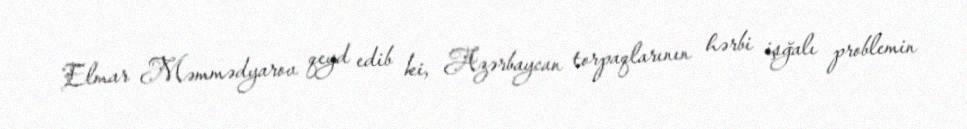
Elmar Məmmədyarov qeyd edib ki, Azərbaycan torpaqlarının hərbi işğalı problemin